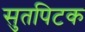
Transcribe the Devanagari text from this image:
सुतपिटक